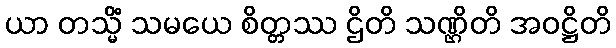
ယာ တသ္မိံ သမယေ စိတ္တဿ ဌိတိ သဏ္ဌိတိ အဝဋ္ဌိတိ